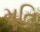
મૂતિ